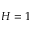
H = 1